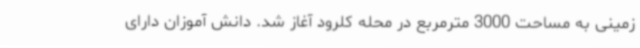
زمینی به مساحت 3000 مترمربع در محله کلرود آغاز شد. دانش آموزان دارای